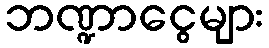
ဘဏ္ဍာငွေများ